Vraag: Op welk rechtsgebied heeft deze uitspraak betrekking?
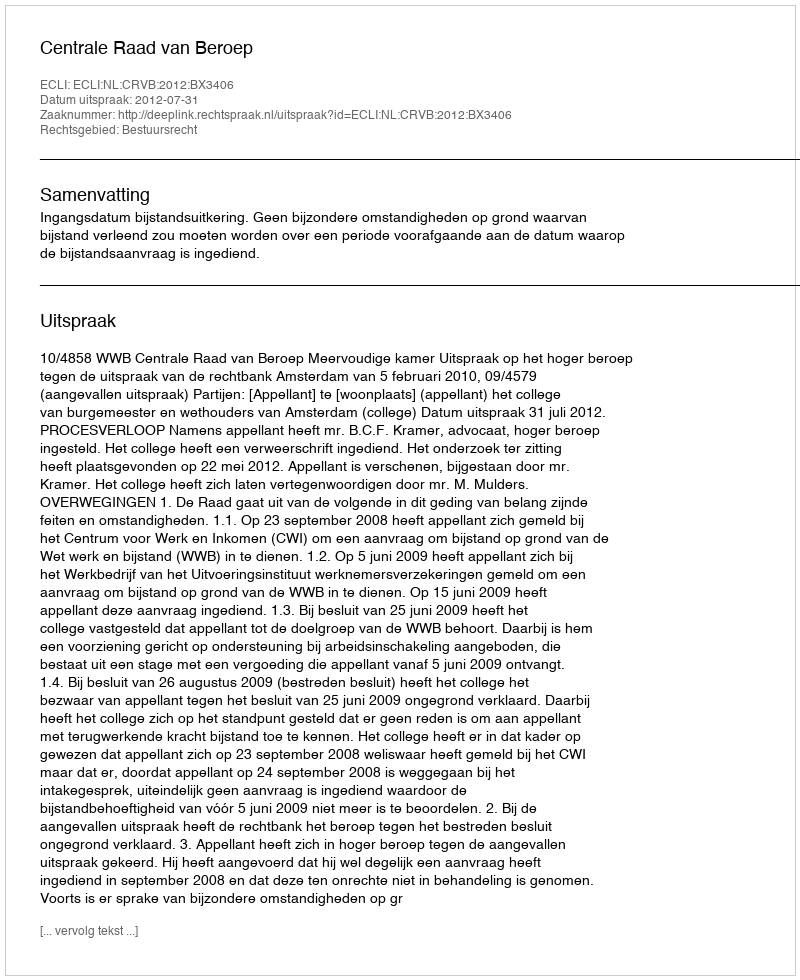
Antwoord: Bestuursrecht